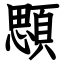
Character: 顋